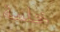
خلسة